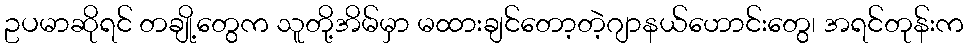
ဥပမာဆိုရင် တချို့တွေက သူတို့အိမ်မှာ မထားချင်တော့တဲ့ဂျာနယ်ဟောင်းတွေ၊ အရင်တုန်းက